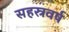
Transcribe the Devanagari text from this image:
सहस्रवर्ष